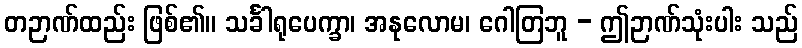
တဉာဏ်ထည်း ဖြစ်၏။ သင်္ခါရုပေက္ခာ၊ အနုလောမ၊ ဂေါတြဘူ - ဤဉာဏ်သုံးပါး သည်